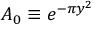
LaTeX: A _ { 0 } \equiv e ^ { - \pi y ^ { 2 } }